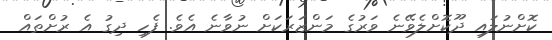
ކޮށްނުލައި ދޫކޮށްލެވޭނެ ވަރުގެ މަންޒަރަކަށް ނުވާނެ އެވެ. ފެހި ދިގު އެ ރުށްތައް